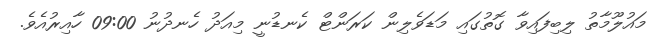
މައުލޫމާތު ލިބިފައިވާ ގޮތުގައި މަޑަވެލިން ކަރަންޓް ކެނޑުނީ މިއަދު ހެނދުނު 09:00 ހާއިރުއެވެ.